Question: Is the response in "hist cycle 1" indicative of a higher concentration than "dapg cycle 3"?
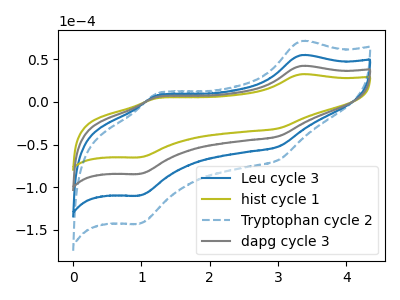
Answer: <think>The blue curve "Leu cycle 3" has anodic peaks at (3.35V, 84.20uA) (1.25V, 12.75uA) and cathodic peaks at (3.00V, -80.20uA) (0.95V, -168.90uA). The olive curve "hist cycle 1" has anodic peaks at (3.35V, 32.35uA) (1.25V, 4.90uA) and cathodic peaks at (3.00V, -30.85uA) (0.95V, -64.95uA). The blue dashed curve "Tryptophan cycle 2" has anodic peaks at (3.35V, 126.25uA) (1.25V, 19.15uA) and cathodic peaks at (3.00V, -120.30uA) (0.95V, -253.40uA). The gray curve "dapg cycle 3" has anodic peaks at (3.35V, 42.10uA) (1.25V, 6.40uA) and cathodic peaks at (3.00V, -40.10uA) (0.95V, -84.45uA).
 All the peaks in "hist cycle 1" have a peak in "dapg cycle 3" at the same potential. Every peak in "hist cycle 1" is lower than every peak in "dapg cycle 3".</think>
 <answer>"hist cycle 1" has less signal than "dapg cycle 3".</answer>
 <eval>less_signal</eval>